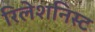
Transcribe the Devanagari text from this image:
रिलेशनिस्ट